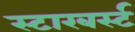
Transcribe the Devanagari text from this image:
स्टारबर्स्ट